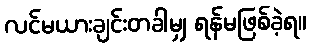
လင်မယားချင်းတခါမျှ ရန်မဖြစ်ခဲ့ရ။